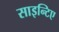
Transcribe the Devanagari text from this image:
साइन्टिए